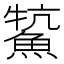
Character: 𩸡